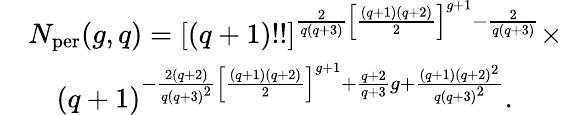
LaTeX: \begin{array}{rl}&{N_{\mathrm{per}}(g,q)={[(q+1)!!]}^{\frac{2}{q(q+3)}{\left[\frac{(q+1)(q+2)}{2}\right]}^{g+1}-\frac{2}{q(q+3)}}\times}\\ &{\quad{(q+1)}^{-\frac{2(q+2)}{q{(q+3)}^{2}}{\left[\frac{(q+1)(q+2)}{2}\right]}^{g+1}+\frac{q+2}{q+3}g+\frac{(q+1){(q+2)}^{2}}{q{(q+3)}^{2}}}.}\end{array}